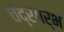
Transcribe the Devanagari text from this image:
चंद्रगर्भ